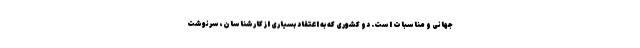
جهانی و مناسبات است. دو کشوری که به اعتقاد بسیاری از کارشناسان، سرنوشت